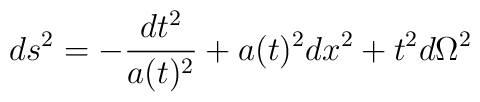
ds^2=-\frac{dt^2}{a(t)^2}+a(t)^2dx^2+t^2d\Omega^2